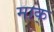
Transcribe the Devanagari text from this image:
माक्